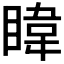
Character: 𪾳